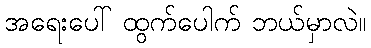
အရေးပေါ် ထွက်ပေါက် ဘယ်မှာလဲ။